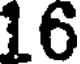
16